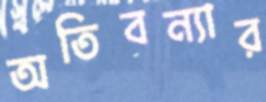
অতিবন্যার